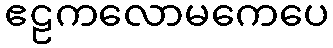
ဧဠကလောမကေပေ